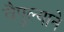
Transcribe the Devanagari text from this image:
वैपुल्याने